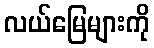
လယ်မြေများကို